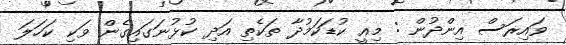
ވައިރަސް އިންދުން : މިއީ ކުޑަކަމުދާ ތަކެތި އަދި ކުޅުނަގައިގެން ވަކި ކަހަަލަ